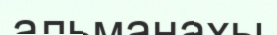
альманахы